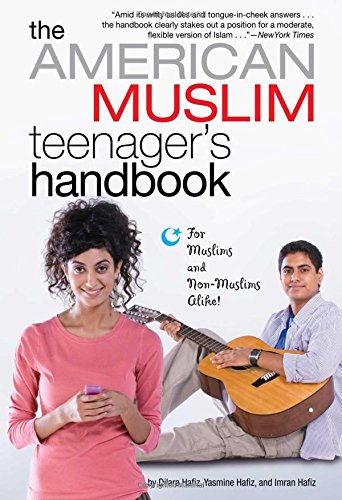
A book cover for The American Muslim Teenager's Handbook; Dilara Hafiz; Teen & Young Adult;